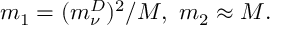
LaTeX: m _ { 1 } = { ( m _ { \nu } ^ { D } ) ^ { 2 } } / { \cal M } , \ m _ { 2 } \approx { \cal M } .